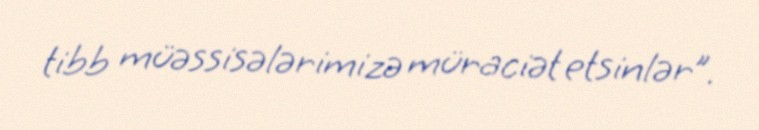
tibb müəssisələrimizə müraciət etsinlər”.